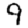
Digit: 9